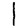
Digit: 1